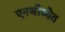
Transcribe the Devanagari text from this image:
एनजीओत